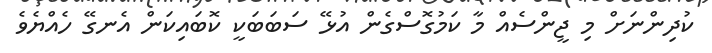
ކުދިންނަށް މި ޖީންސެއް މާ ކަމުގޮސްގެން އުޅޭ ސަބަބަކީ ކޮބައިކަން އެނގޭ ހެއްޔެވެ